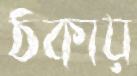
ঠকায়